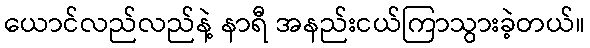
ယောင်လည်လည်နဲ့ နာရီ အနည်းငယ်ကြာသွားခဲ့တယ်။